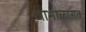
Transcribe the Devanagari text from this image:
आभाळागत